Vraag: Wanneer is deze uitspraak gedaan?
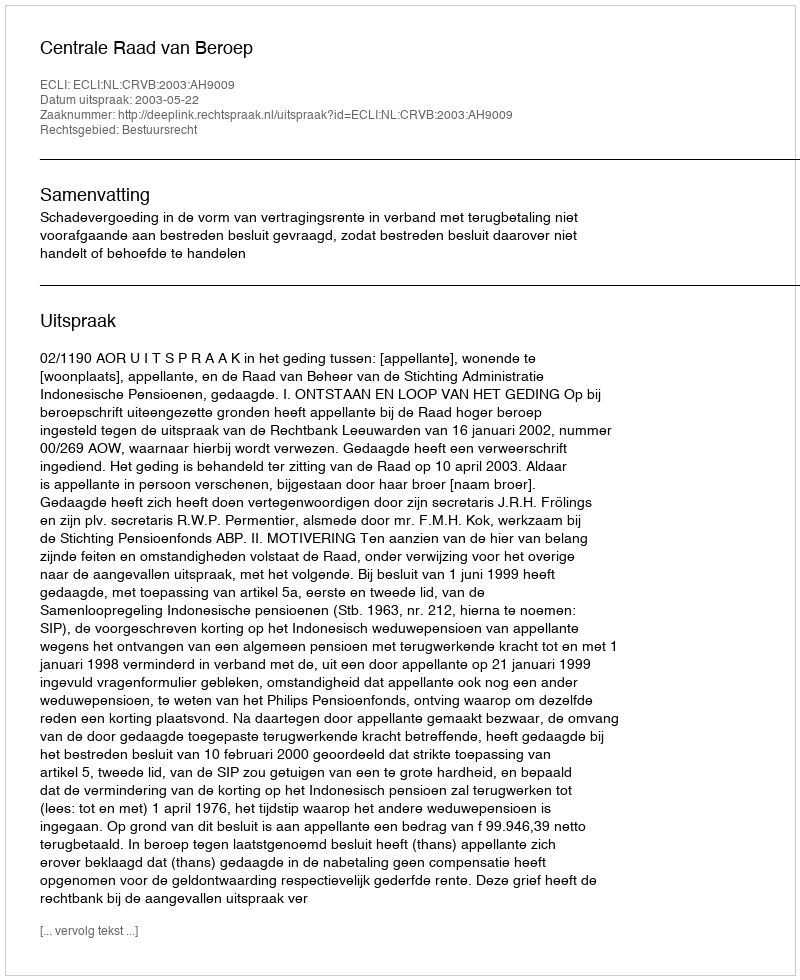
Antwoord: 2003-05-22